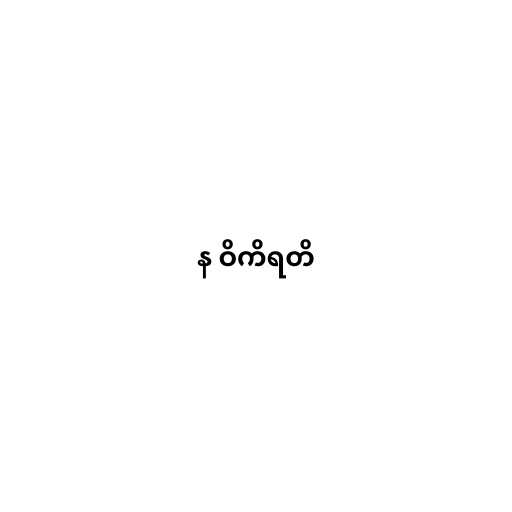
န ဝိကိရတိ